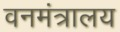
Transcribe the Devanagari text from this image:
वनमंत्रालय